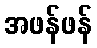
အဖန်ဖန်